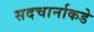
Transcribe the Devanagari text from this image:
सदचार्नाकडे